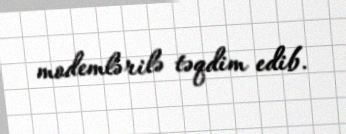
modemlərilə təqdim edib.